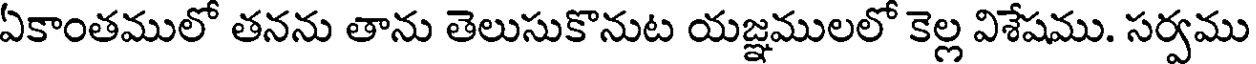
ఏకాంతములో తనను తాను తెలుసుకొనుట యజ్ఞములలో కెల్ల విశేషము. సర్వము